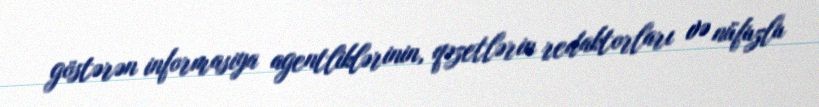
göstərən informasiya agentliklərinin, qəzetlərin redaktorları və nüfuzlu